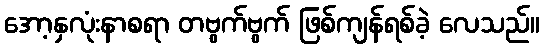
အော့နှလုံးနာစရာ တဗွက်ဗွက် ဖြစ်ကျန်ရစ်ခဲ့ လေသည်။